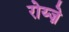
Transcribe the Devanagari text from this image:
रोय्ज़े